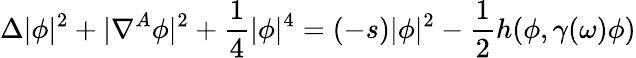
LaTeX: \Delta|\phi|^{2}+|\nabla^{A}\phi|^{2}+{\frac{1}{4}}|\phi|^{4}=(-s)|\phi|^{2}-{\frac{1}{2}}h(\phi,\gamma(\omega)\phi)